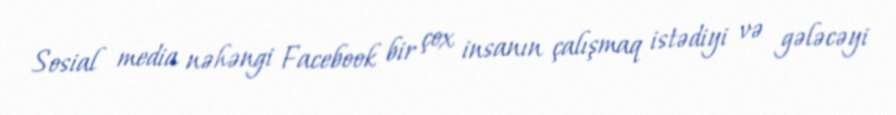
Sosial media nəhəngi Facebook bir çox insanın çalışmaq istədiyi və gələcəyi